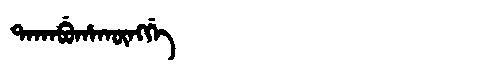
Manchu: ᡨᠠᡴᠠᠪᡠᡥᠠᡴᡡᠩᡤᡝ
Romanization: TAKABUHAKŪNGGE